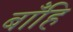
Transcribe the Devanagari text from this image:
बाँहि